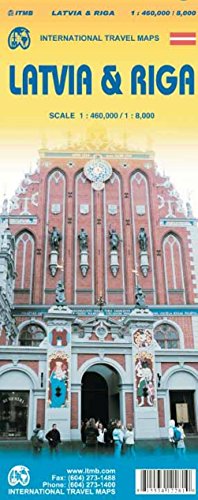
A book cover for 1. Latvia & Riga Travel Reference Map 1:460,000/8,000; ITMB Publishing LTD; Travel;